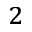
^ 2